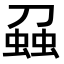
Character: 𧌣